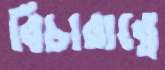
বিচারান্তে